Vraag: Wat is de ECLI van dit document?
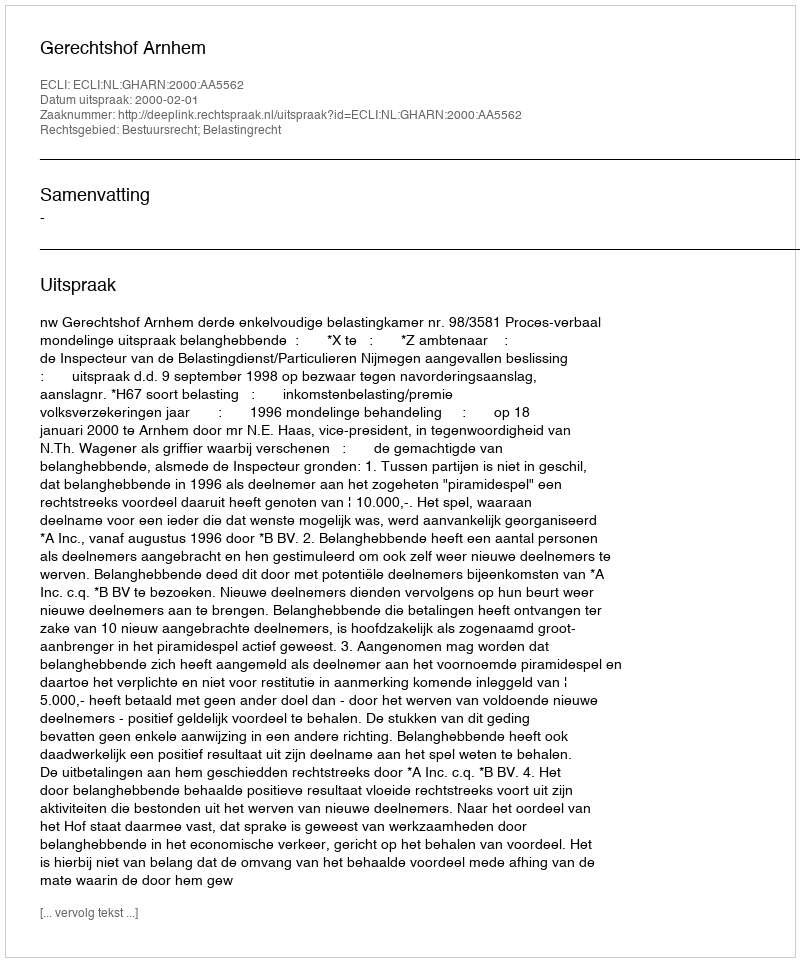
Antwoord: ECLI:NL:GHARN:2000:AA5562